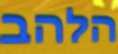
הלהב